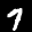
Label: 7